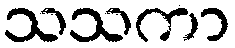
သသကာ